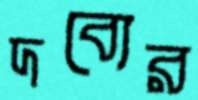
দব্যের